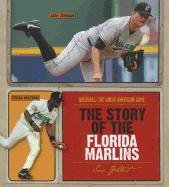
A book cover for The Story of the Florida Marlins (Baseball: the Great American Game); Sara Gilbert; Teen & Young Adult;